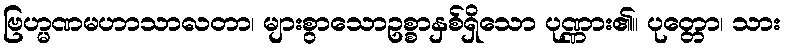
ဗြဟ္မဏမဟာသာလတာ၊ များစွာသောဥစ္စာနှစ်ရှိသော ပုဏ္ဏား၏။ ပုတ္တော၊ သား